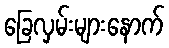
ခြေလှမ်းများနောက်